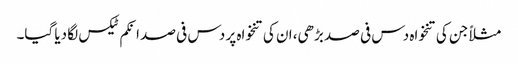
مثلاً جن کی تنخواہ دس فی صد بڑھی، ان کی تنخواہ پر دس فی صد انکم ٹیکس لگا دیا گیا۔